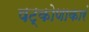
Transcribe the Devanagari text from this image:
षट्कोणाकारं